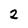
Character: 2